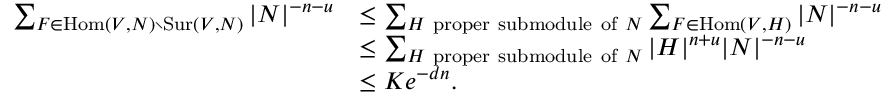
\begin{array} { r l } { \sum _ { F \in \mathrm { H o m } ( V , N ) \setminus \mathrm { S u r } ( V , N ) } | N | ^ { - n - u } } & { \leq \sum _ { H \mathrm { ~ p r o p e r ~ s u b m o d u l e ~ o f ~ } N } \sum _ { F \in \mathrm { H o m } ( V , H ) } | N | ^ { - n - u } } \\ & { \leq \sum _ { H \mathrm { ~ p r o p e r ~ s u b m o d u l e ~ o f ~ } N } | H | ^ { n + u } | N | ^ { - n - u } } \\ & { \leq K e ^ { - d n } . } \end{array}